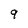
Character: 9